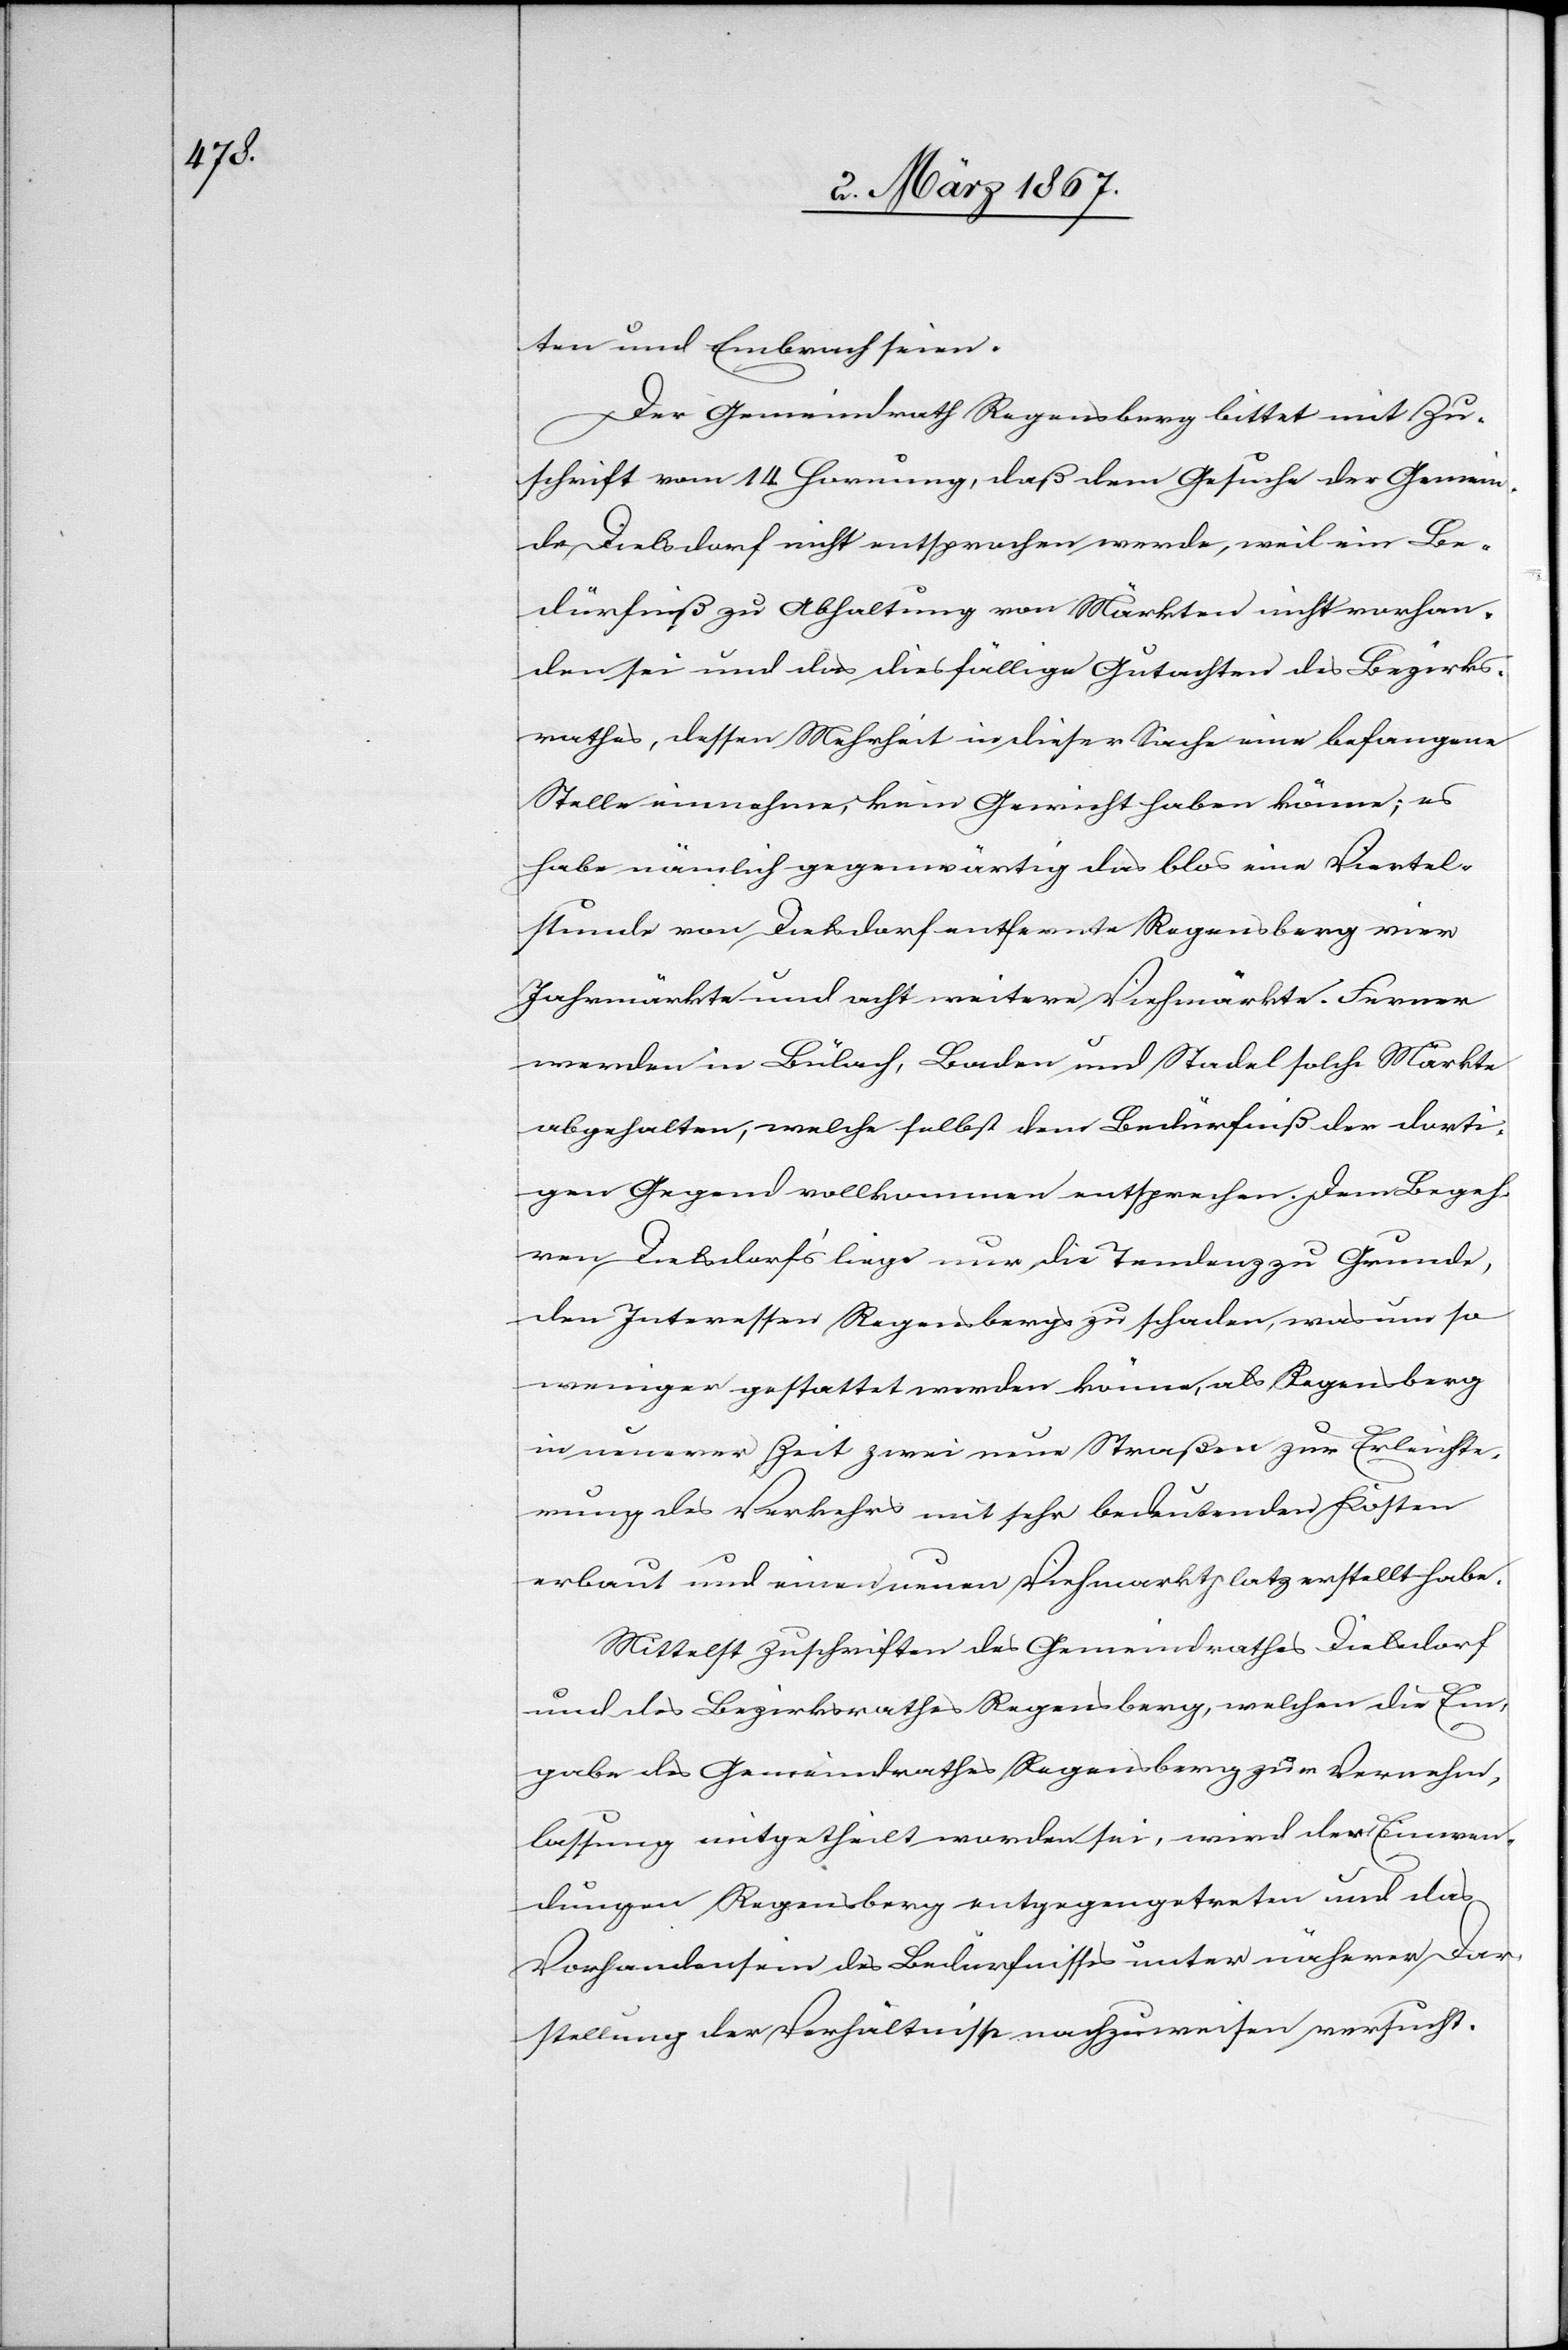
ten und Embrach seien.
Der Gemeindrath Regensberg bittet mit Zu¬
schrift vom 14. Hornung, daß dem Gesuche der Gemein¬
de Dielsdorf nicht entsprochen werde, weil ein Be¬
dürfniß zu Abhaltung von Märkten nicht vorhan¬
den sei und das diesfällige Gutachten des Bezirks¬
rathes, dessen Mehrheit in dieser Sache eine befangene
Stelle einnehme, kein Gewicht haben könne; es
habe nämlich gegenwärtig das blos eine Viertel¬
stunde von Dielsdorf entfernte Regensberg vier
Jahrmärkte und acht weitere Viehmärkte. Ferner
werden in Bülach, Baden und Stadel solche Märkte
abgehalten, welche selbst dem Bedürfniß der dorti¬
gen Gegend vollkommen entsprechen. Dem Begeh¬
ren Dielsdorf’s liege nur die Tendenz zu Grunde,
den Interessen Regensbergs zu schaden, was um so
weniger gestattet werden könne, als Regensberg
in neuerer Zeit zwei neue Straßen zur Erleichte¬
rung des Verkehrs mit sehr bedeutenden Kosten
erbaut und einen neuen Viehmarktplatz erstellt habe.
Mittelst Zuschriften des Gemeindrathes Dielsdorf
und des Bezirksrathes Regensberg, welchen die Ein¬
gabe des Gemeindrathes Regensberg zur Vernehm¬
lassung mitgetheilt worden sei, wird den Einwen¬
dungen Regensberg[s] entgegengetreten und das
Vorhandensein des Bedürfnisses unter näherer Dar¬
stellung der Verhältnisse nachzuweisen versucht.